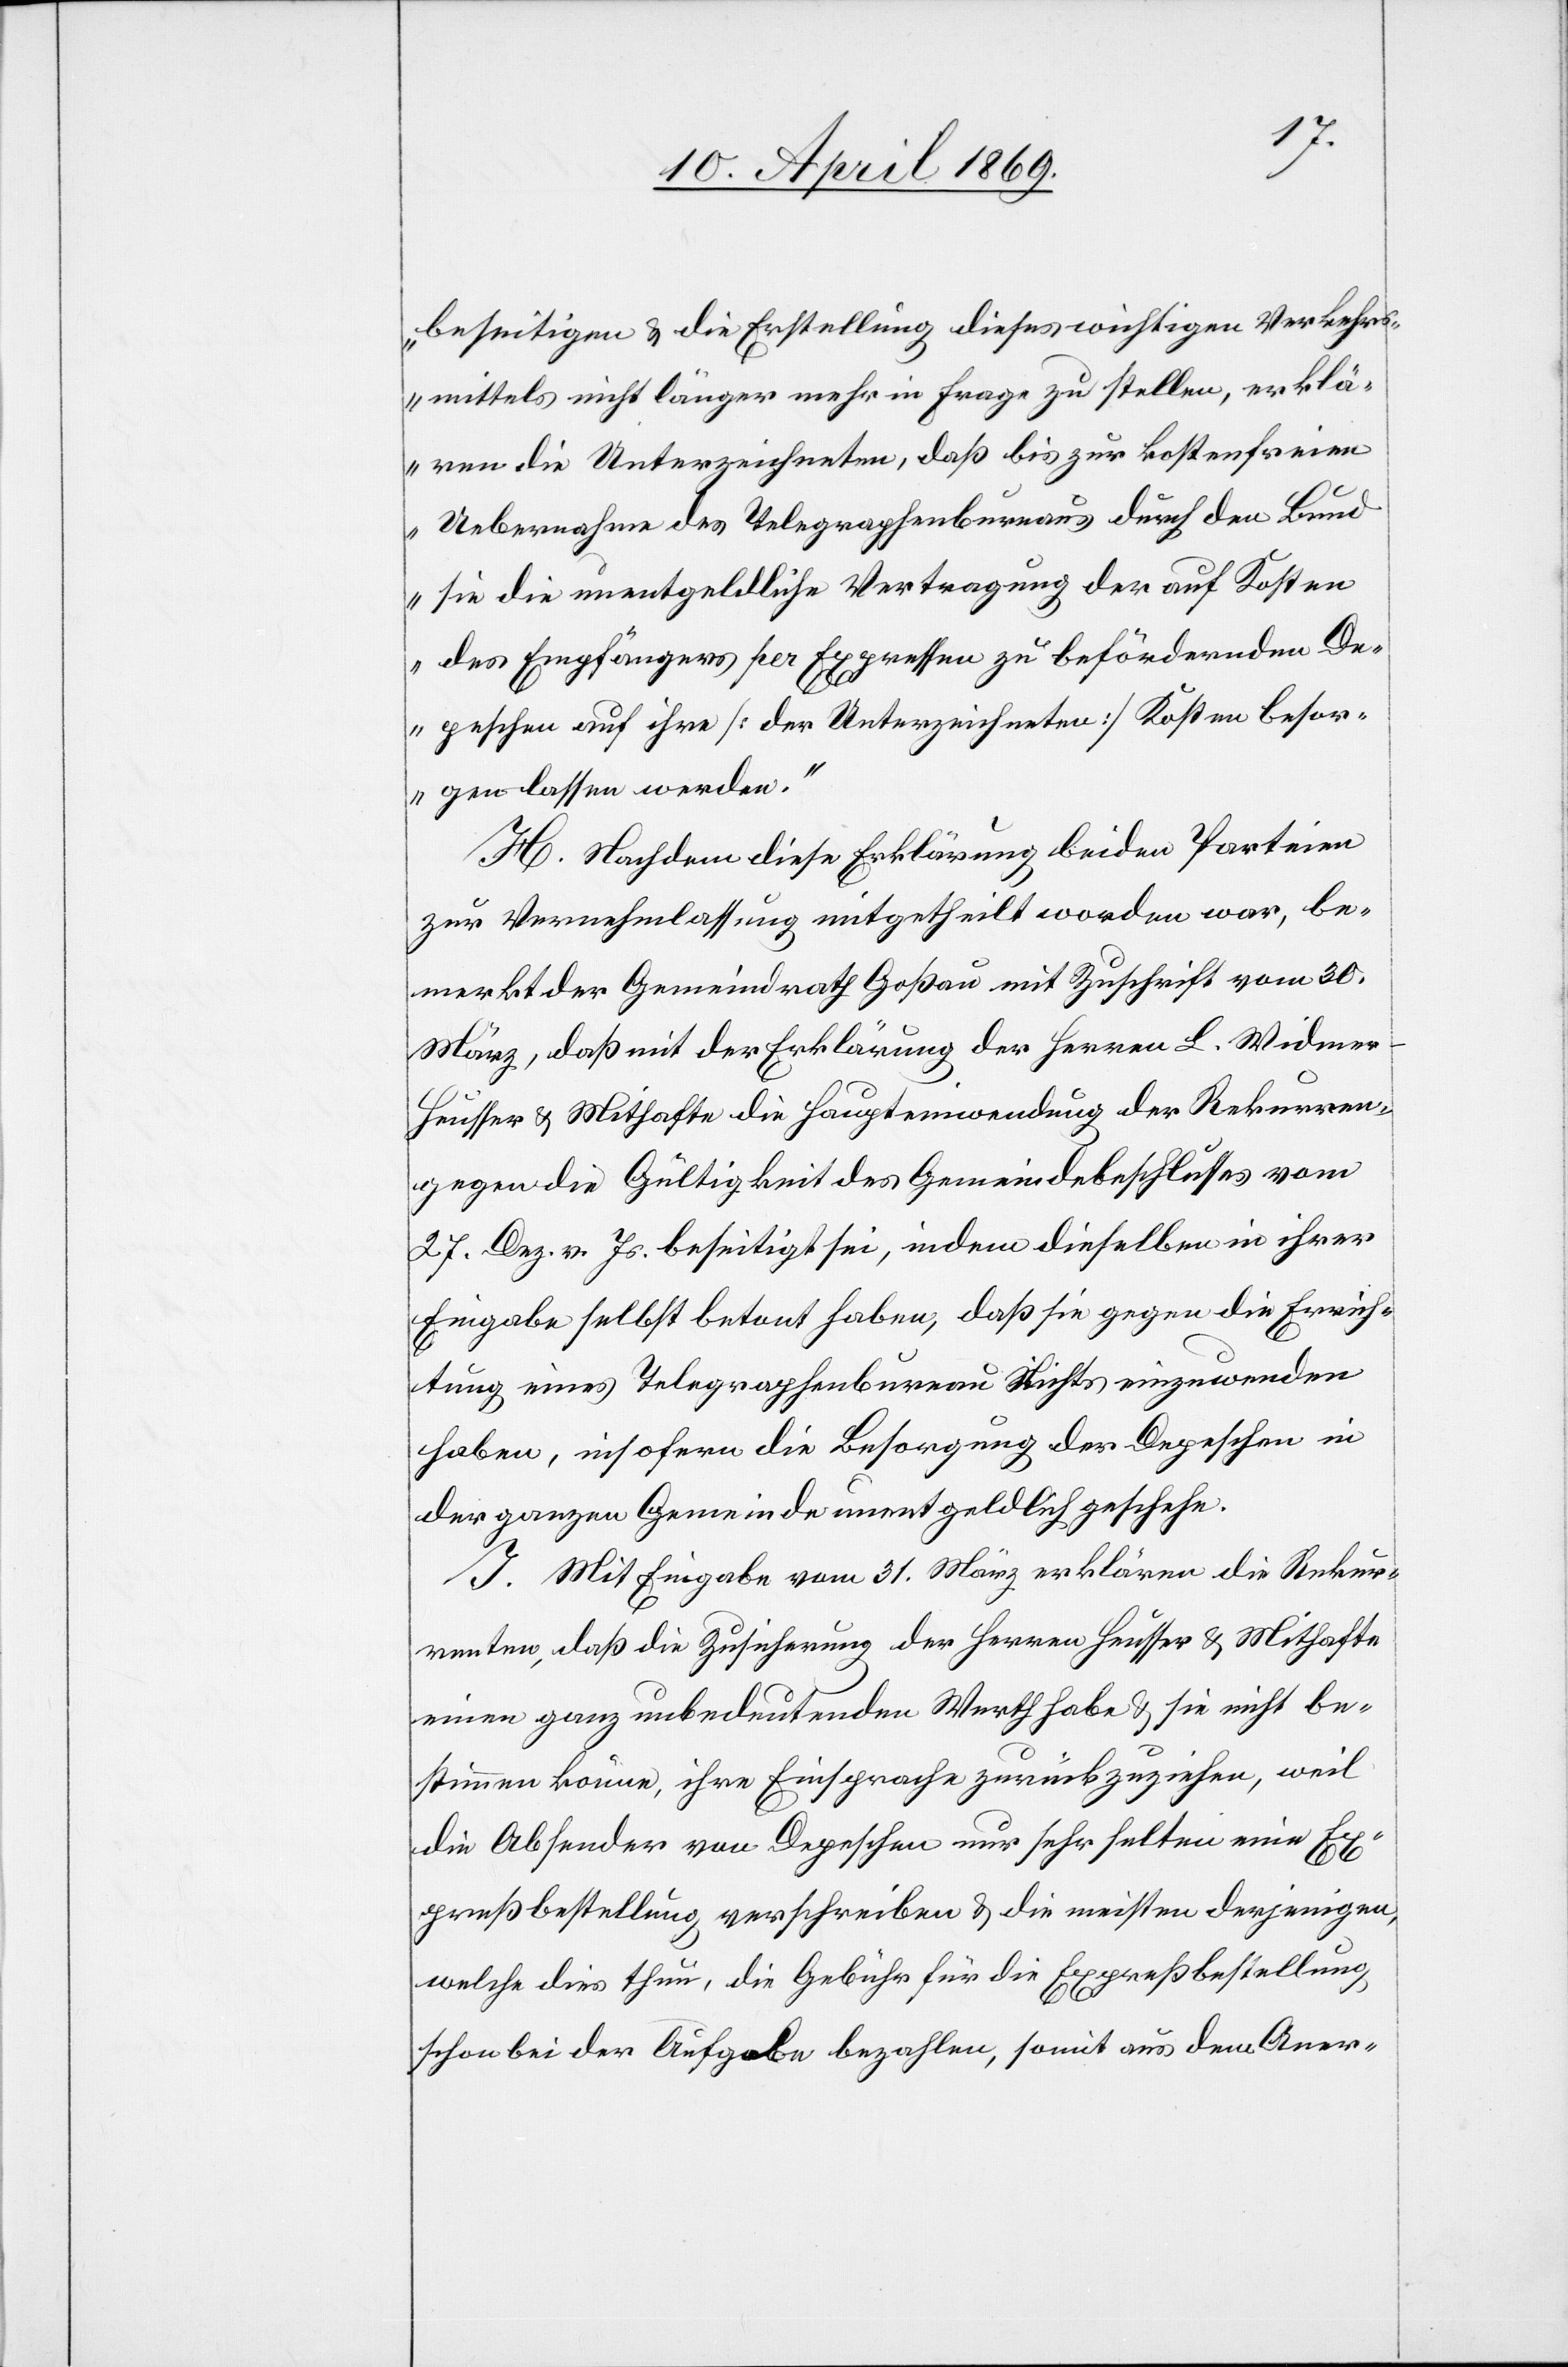
beseitigen & die Erstellung dieses wichtigen Verkehrs¬
mittels nicht länger mehr in Frage zu stellen, erklä¬
ren die Unterzeichneten, daß bis zur kostenfreien
Uebernahme des Telegraphenbureaus durch den Bund
sie die unentgeldliche Vertragung der auf Kosten
des Empfängers pro Expressen zu befördernden De¬
peschen auf ihre [der Unterzeichneten] Kosten besor¬
gen lassen werden.“
H. Nachdem diese Erklärung beiden Parteien
zur Vernehmlassung mitgetheilt worden war, be¬
merkt der Gemeindrath Goßau mit Zuschrift vom 30.
März, daß mit der Erklärung des Herren L. Widmer-H¬
eusser & Mithafte die Haupteinwendung der Rekurren¬
gegen die Gültigkeit des Gemeindsbeschlusses vom
27. Dez. v. Js. beseitigt sei, indem dieselben in ihrer
Eingabe selbst betont haben, daß sie gegen die Errich¬
tung eines Telegraphenbureau nichts einzuwenden
haben, insofern die Besorgung der Depeschen in
der ganzen Gemeinde unentgeldlich geschehe.
J. Mit Eingabe vom 31. März erklären die Rekur¬
renten, daß die Zusicherung der Herren Heusser & Mithafte
einen ganz unbedeutenden Werth habe & sie nicht be¬
stimmen könne, ihre Einsprache zurückzuziehen, weil
die Absender von Depeschen nur sehr selten eine Ex¬
pressbestellung verschreiben & die meisten derjenigen,
welche dies thun, die Gebühr für die Expressbestellung,
schon bei der Aufgabe bezahlen, somit aus dem Aner-

ten